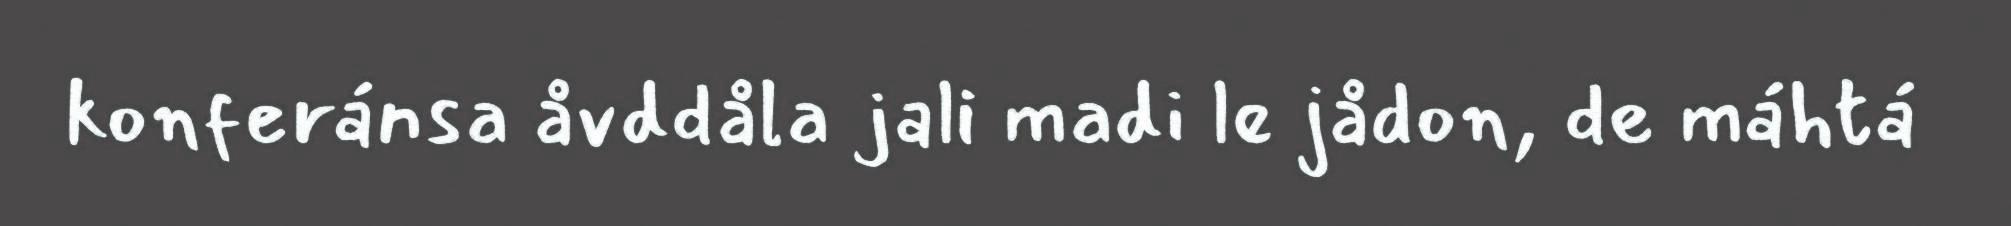
konferánsa åvddåla jali madi le jådon, de máhtá